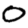
Digit: 0